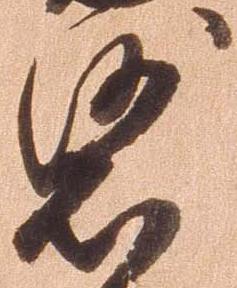
裟